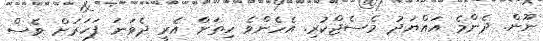
ނޫން. ދެންމެ އައްޔަދު މެސެޖްކުރި. އެހެންވެ ހިތަށް އެރީ ދެވަނަ ފަހަރަށް ވެސް